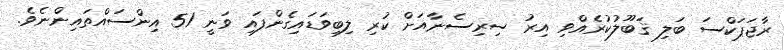
ރާޖަޕަކްސަ ބަލި ޤަބޫލުކުރެއްވި އިރު ސިރިސެނާއަށް ކުރި ލިބިވަޑައިގެންފައި ވަނީ 51 އިންސައްތައިންނެވެ.